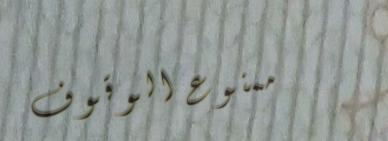
ممنوع الوقوف